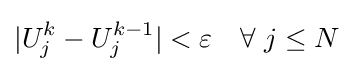
|U_{j}^{k}-U_{j}^{k-1}|<\varepsilon \quad \forall \ j\leq N